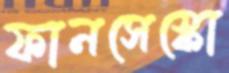
ফানসেস্কো